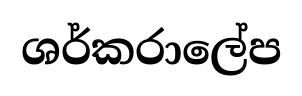
ශර්කරාලේප